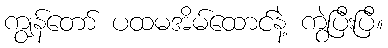
ကျွန်တော် ပထမအိမ်ထောင်နဲ့ ကွဲပြီးပြီ။